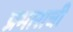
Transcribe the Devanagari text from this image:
प्रभाराची